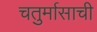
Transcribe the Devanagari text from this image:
चतुर्मासाची